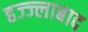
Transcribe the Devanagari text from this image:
हज्ज्लाबाद